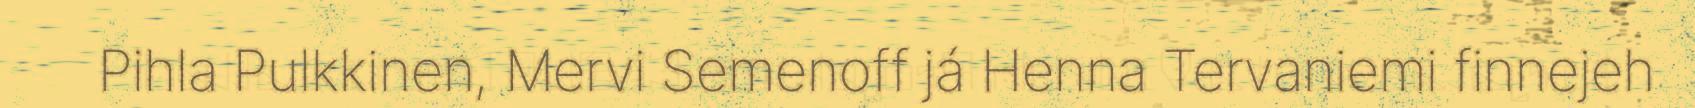
Pihla Pulkkinen, Mervi Semenoff já Henna Tervaniemi finnejeh